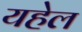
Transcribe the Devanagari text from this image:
यहेल